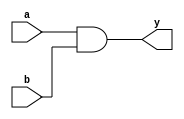
module andgate(a,b,y);
input a,b;
output y;
and and1(y,a,b);
endmodule